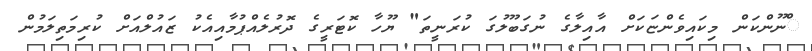
ްނޫންކަން މިކައިވެންޏަކަށް އާއިލާގެ ނުގަބޫލުގަ ކުރަނީތަ" ޔޫހާ ކޮޓަރީގެ ދޮރުލެއްޕުމާއިއެކު ޒައުލްއަށް ކުރިމަތިލަމުން